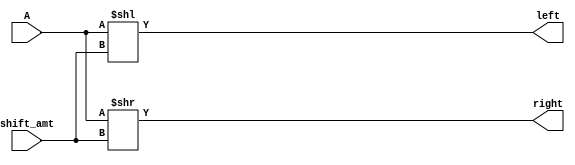
module Shifter(A, shift_amt, left, right);
	input [63:0]A;
	input [5:0]shift_amt;
	output [63:0]left, right;

	assign left = A << shift_amt;
	assign right = A >> shift_amt;
endmodule